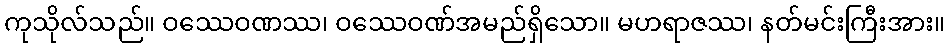
ကုသိုလ်သည်။ ဝဿေဝဏဿ၊ ဝဿေဝဏ်အမည်ရှိသော။ မဟရာဇဿ၊ နတ်မင်းကြီးအား။